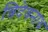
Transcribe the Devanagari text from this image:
त्रिदेवनाथ